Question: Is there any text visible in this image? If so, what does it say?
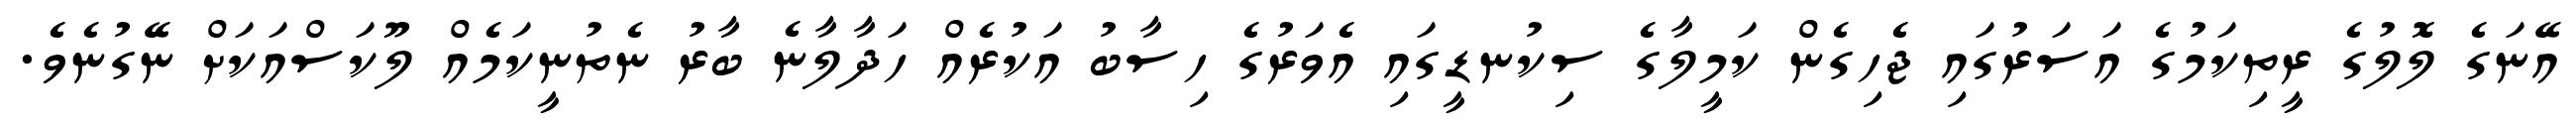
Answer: އޭނަގެ ލޮލުގެ ރީތިކަމުގެ އަސަރުގައި ޖެހިގެން ކަމީލާގެ ސިކުނޑީގައި އެވަރުގެ ހިސާބު އަކުރެއް ހަދާލާނެ ބާރު ނެތުނީކަމެއް ލޫކަސްއަކަށް ނޭގުނެވެ.